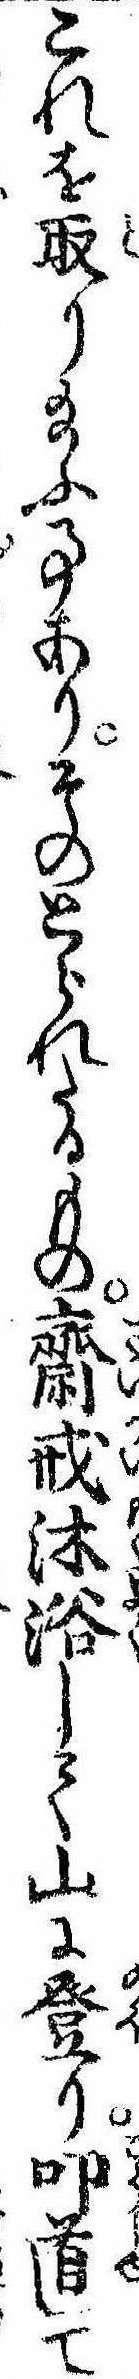
これを取り給ふ事ありそのとられたるもの斎戒沐浴して山に登り叩首して